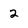
Character: 2